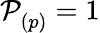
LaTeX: \mathop{\mathcal{P}_{(p)}^{}}=1